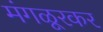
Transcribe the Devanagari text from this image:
मंगळूरकर